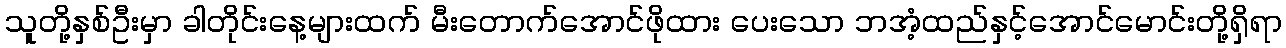
သူတို့နှစ်ဦးမှာ ခါတိုင်းနေ့များထက် မီးတောက်အောင်ဖိုထား ပေးသော ဘအံ့ထည်နှင့်အောင်မောင်းတို့ရှိရာ